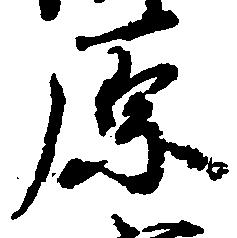
原